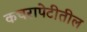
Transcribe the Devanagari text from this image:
कचरापेटीतील